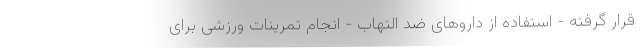
قرار گرفته - استفاده از داروهای ضد التهاب - انجام تمرینات ورزشی برای